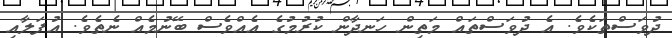
ދުވަސްތަކެވެ. އެ ދުވަސްތައް މަތިން ހަނދާން ކުރުމުގެ އެއްވެސް ބޭނުމެއް ނެތެވެ. އުފަލާއި